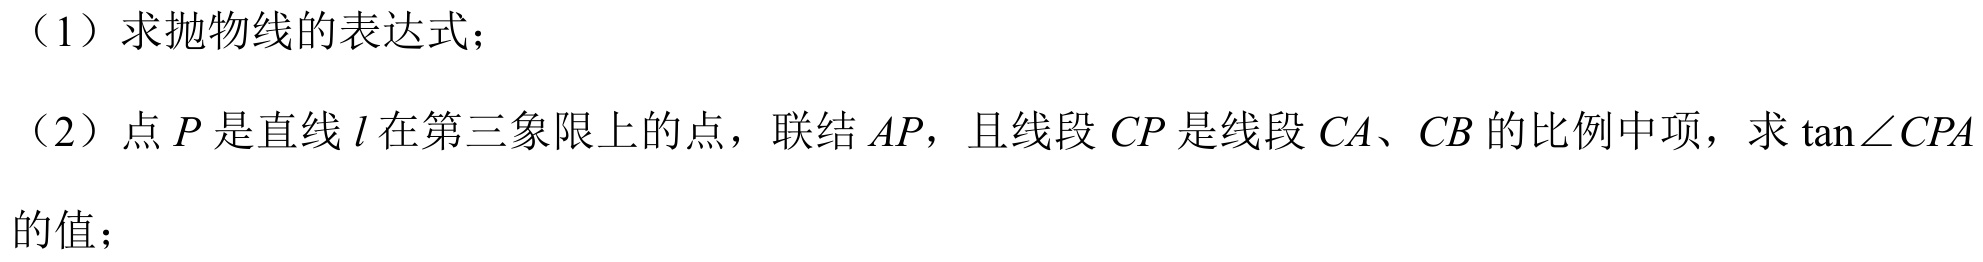
（1）求抛物线的表达式；
（2）点\(P\)是直线\(l\)在第三象限上的点，联结\(AP\)，且线段\(CP\)是线段\(CA\)、\(CB\)的比例中项，求\(\tan\angle CPA\)的值；